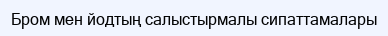
Бром мен йодтың салыстырмалы сипаттамалары